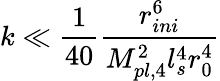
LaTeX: k\ll\frac{1}{40}\frac{r_{ini}^{6}}{M_{pl,4}^{2}l_{s}^{4}r_{0}^{4}}